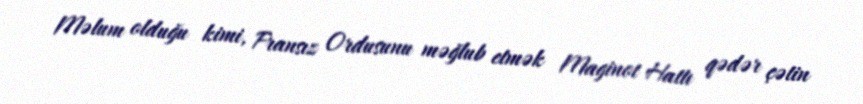
Məlum olduğu kimi, Fransız Ordusunu məğlub etmək Maginot Hattı qədər çətin